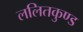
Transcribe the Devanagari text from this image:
ललितकुण्ड